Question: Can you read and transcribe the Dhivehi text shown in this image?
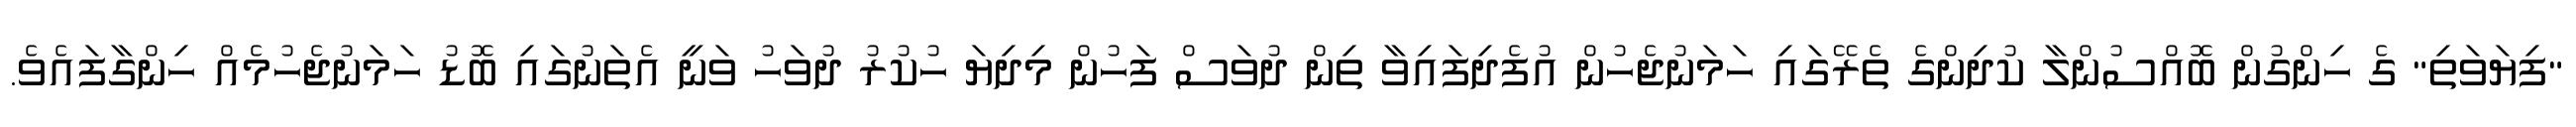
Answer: "ފިޔަވަތި" ގެ ހިންގުން ބޮއްސުންލާ ކުދިންގެ ތެރޭގައި ހަމަނުޖެހުން އުފެދިފައިވާ ތިން ދުވަސް ފަހުން މިދިޔަ ހުކުރު ދުވަހު ވަނީ އެތަނުގައި ބޮޑު ހަމަނުޖެހުމެއް ހިންގާފައެވެ.